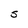
Character: 5